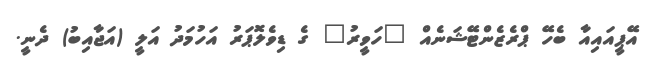
އޭޕީއައިއާ ބެހޭ ޕްރެޒެންޓޭޝަނެއް "ހަވީރު" ގެ ޑިވެލޮޕަރު އަހުމަދު އަލީ (އަޖާއިބު) ދެނީ.